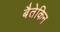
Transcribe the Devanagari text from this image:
बैतेकिन